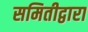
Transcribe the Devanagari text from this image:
समितीद्वारा